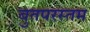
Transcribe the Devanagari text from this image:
बुतपरस्तम